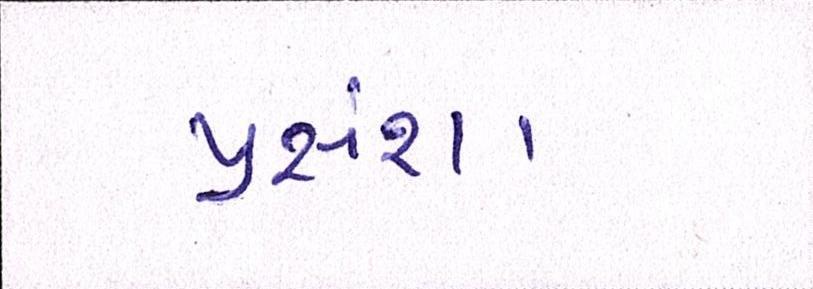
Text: પ્રસંશા